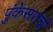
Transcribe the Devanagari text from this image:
पुंकेसरांची